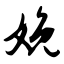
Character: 娩